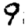
Digit: 9